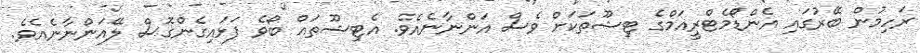
ރަހިމުން ބޭރުގައި އެންޑޯމެޓްރީއަމްގެ ޓިޝޫތަކަށް ވެސް އަންނާނެއެވެ. އެޓިޝޫތައް ބޯވެ ފަޅައިގެންގޮސް ލޭއަންނާނެއެވެ.